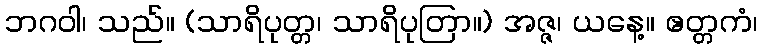
ဘဂဝါ၊ သည်။ (သာရိပုတ္တ၊ သာရိပုတြာ။) အဇ္ဇ၊ ယနေ့။ ဧတ္တကံ၊